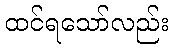
ထင်ရသော်လည်း